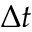
\Delta t